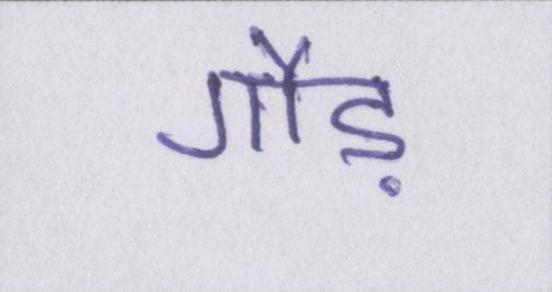
गौड़